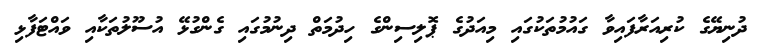
ދުނިޔޭގެ ކުރިއަރާފައިވާ ގައުމުތަކުގައި މިއަދުގެ ޕޮލިސިންގެ ހިދުމަތް ދިނުމުގައި ގެންގުޅޭ އުސޫލުތަކާއި ވައްޓަފާޅި